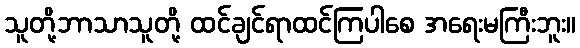
သူတို့ဘာသာသူတို့ ထင်ချင်ရာထင်ကြပါစေ အရေးမကြီးဘူး။